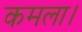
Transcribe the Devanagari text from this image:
कमला।